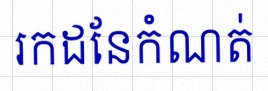
រកដែនកំណត់